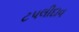
ટપલીદાવ